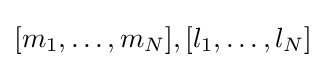
[m_{1},\dots ,m_{N}],[l_{1},\dots ,l_{N}]